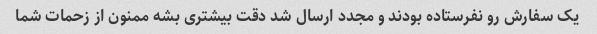
یک سفارش رو نفرستاده بودند و مجدد ارسال شد دقت بیشتری بشه ممنون از زحمات شما